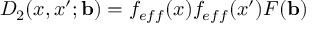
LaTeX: D _ { 2 } ( x , x ^ { \prime } ; { \bf b } ) = f _ { e f f } ( x ) f _ { e f f } ( x ^ { \prime } ) F ( { \bf b } )